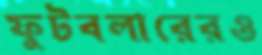
ফুটবলারেরও